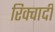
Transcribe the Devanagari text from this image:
रिक्वार्दी